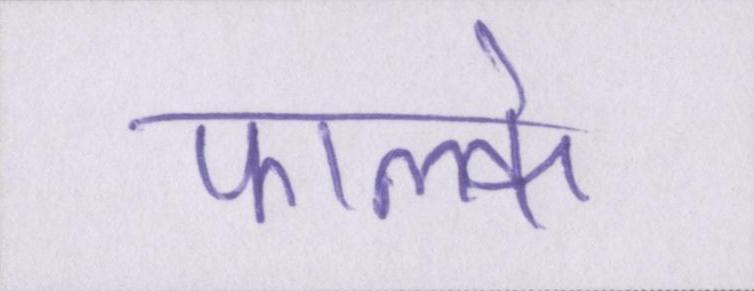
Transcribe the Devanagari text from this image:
फाल्के